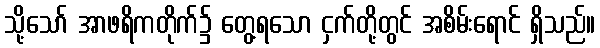
သို့သော် အာဖရိကတိုက်၌ တွေ့ရသော ငှက်တို့တွင် အစိမ်းရောင် ရှိသည်။